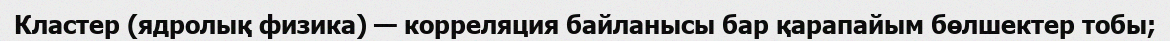
Кластер (ядролық физика) — корреляция байланысы бар қарапайым бөлшектер тобы;